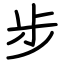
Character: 步